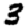
Digit: 3